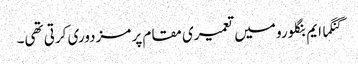
گنگما ایم بنگلورو میں تعمیری مقام پر مزدوری کرتی تھی۔